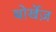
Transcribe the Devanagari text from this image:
बोर्खेज़